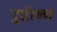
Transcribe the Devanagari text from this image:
टुप्टीका